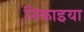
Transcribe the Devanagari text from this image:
निकाइया